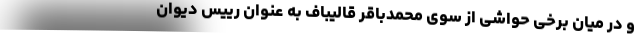
و در میان برخی حواشی از سوی محمدباقر قالیباف به عنوان رییس دیوان